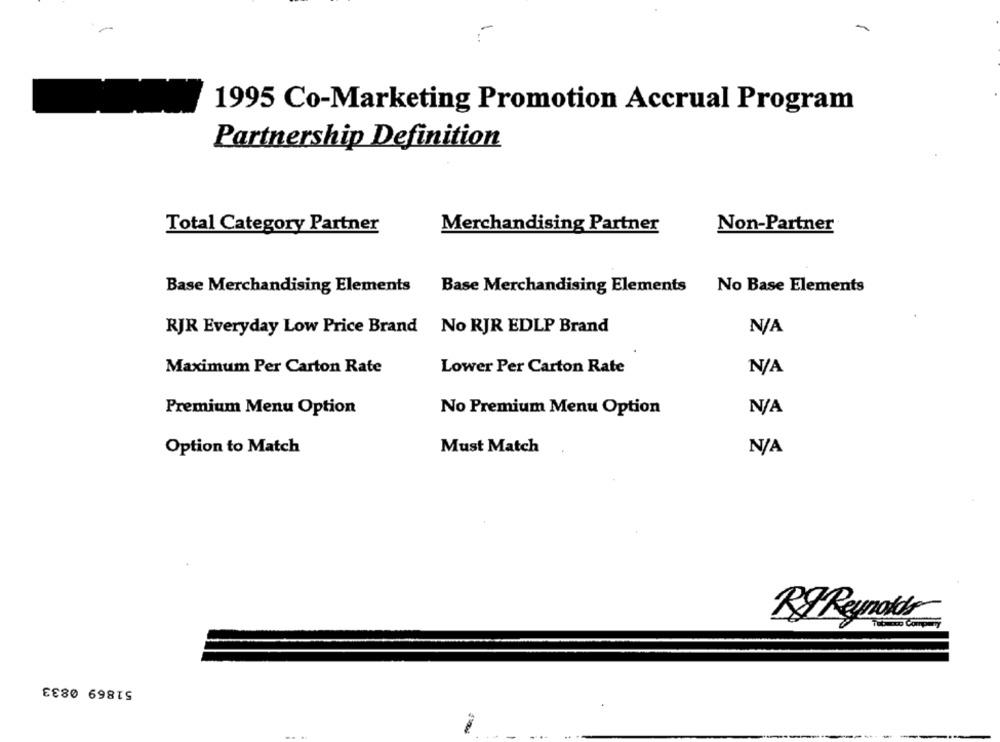
1995 Co-Marketing Promotion Accrual Program
Partnership Definition
Total Category Partner
Merchandising Partner
Non-Partner
Base Merchandising Elements
Base Merchandising Elements
No Base Elements
RJR Everyday Low Price Brand No RJR EDLP Brand
Maximum Per Carton Rate
Lower Per Carton Rate
Premium Menu Option
No Premium Menu Option
Option to Match
Must Match
RF Reynolds
51869 0833
-